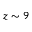
z \sim 9